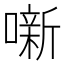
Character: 噺